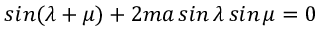
s i n ( \lambda + \mu ) + 2 m a \, s i n \, \lambda \, s i n \, \mu = 0